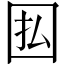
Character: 𫭅